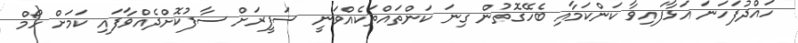
ހައްދުފަހަނަ އަޅާފައިވާ ކަންކަމާއި ބެހޭގޮތުން ގިނަ ކަންތައްތަކެއްވަނީ ސަފީރަށް ސާފުކޮށްދެއްވާފައި ކަމަށް ހޯމް